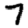
Digit: 7